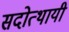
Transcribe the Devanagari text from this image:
सदोत्थायी